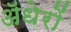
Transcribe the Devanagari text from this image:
ॲधेरों